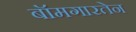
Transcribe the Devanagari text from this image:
बॉमगारतेन